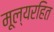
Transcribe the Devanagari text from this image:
मूल्यरहित